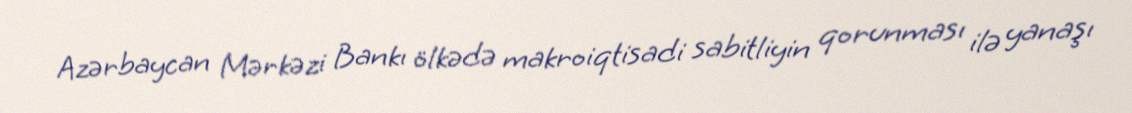
Azərbaycan Mərkəzi Bankı ölkədə makroiqtisadi sabitliyin qorunması ilə yanaşı